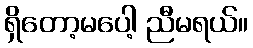
ရှိတော့မပေါ့ ညီမရယ်။